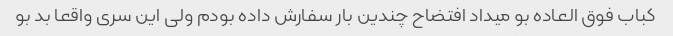
کباب فوق العاده بو میداد افتضاح چندین بار سفارش داده بودم ولی این سری واقعا بد بو